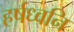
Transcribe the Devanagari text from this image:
हर्षध्वनि